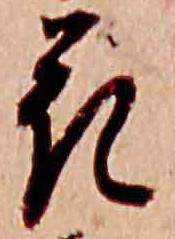
花